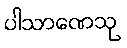
ပါသာဏေသု